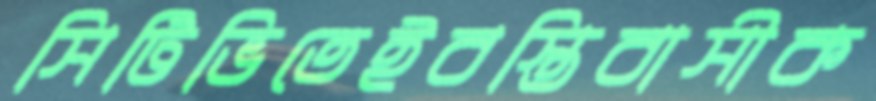
সিটিভিতেইবস্তিবাসীক